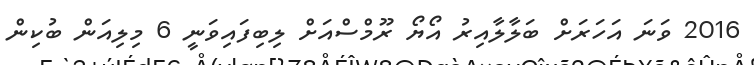
2016 ވަނަ އަހަރަށް ބަލާލާއިރު އޯޔޯ ރޫމްސްއަށް ލިބިފައިވަނީ 6 މިލިއަން ބުކިން